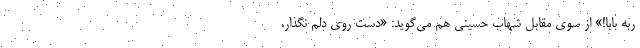
ربه بابا!» از سوی مقابل شهاب حسینی هم می‌گوید: «دست روی دلم نگذار.